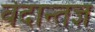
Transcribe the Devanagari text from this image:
वेदान्तज्ञ